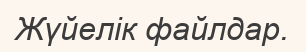
Жүйелік файлдар.